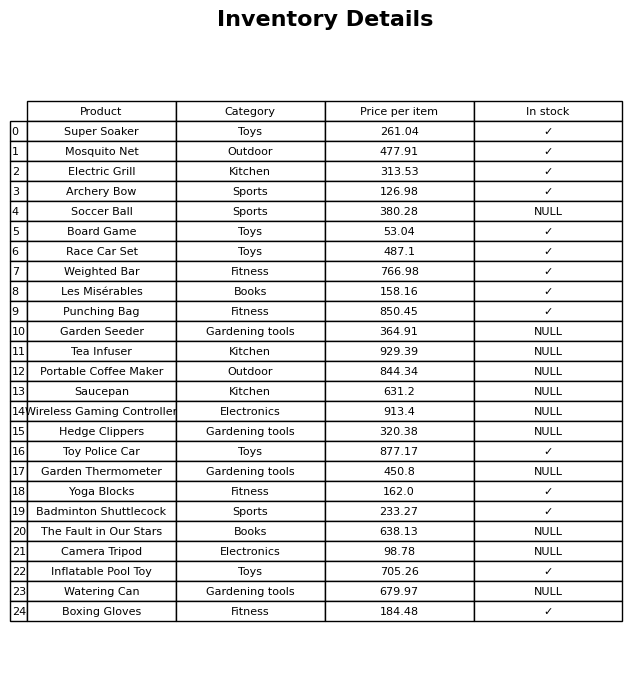
question: What is the price for The Fault in Our Stars?
answer: The price of The Fault in Our Stars is 638.13.